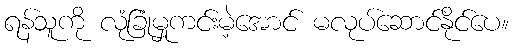
ရန်သူကို လုံခြုံမှုကင်းမဲ့အောင် မလုပ်ဆောင်နိုင်ပေ။